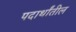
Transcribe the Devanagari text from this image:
पदार्थांतील